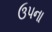
ઉપના